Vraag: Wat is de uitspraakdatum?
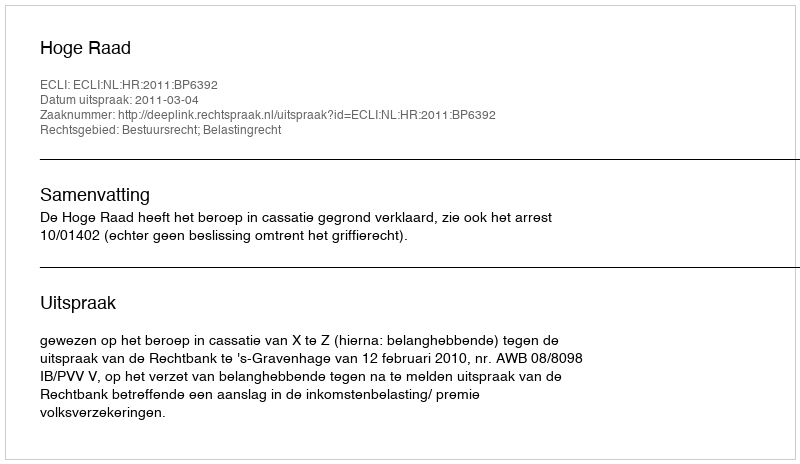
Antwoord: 2011-03-04